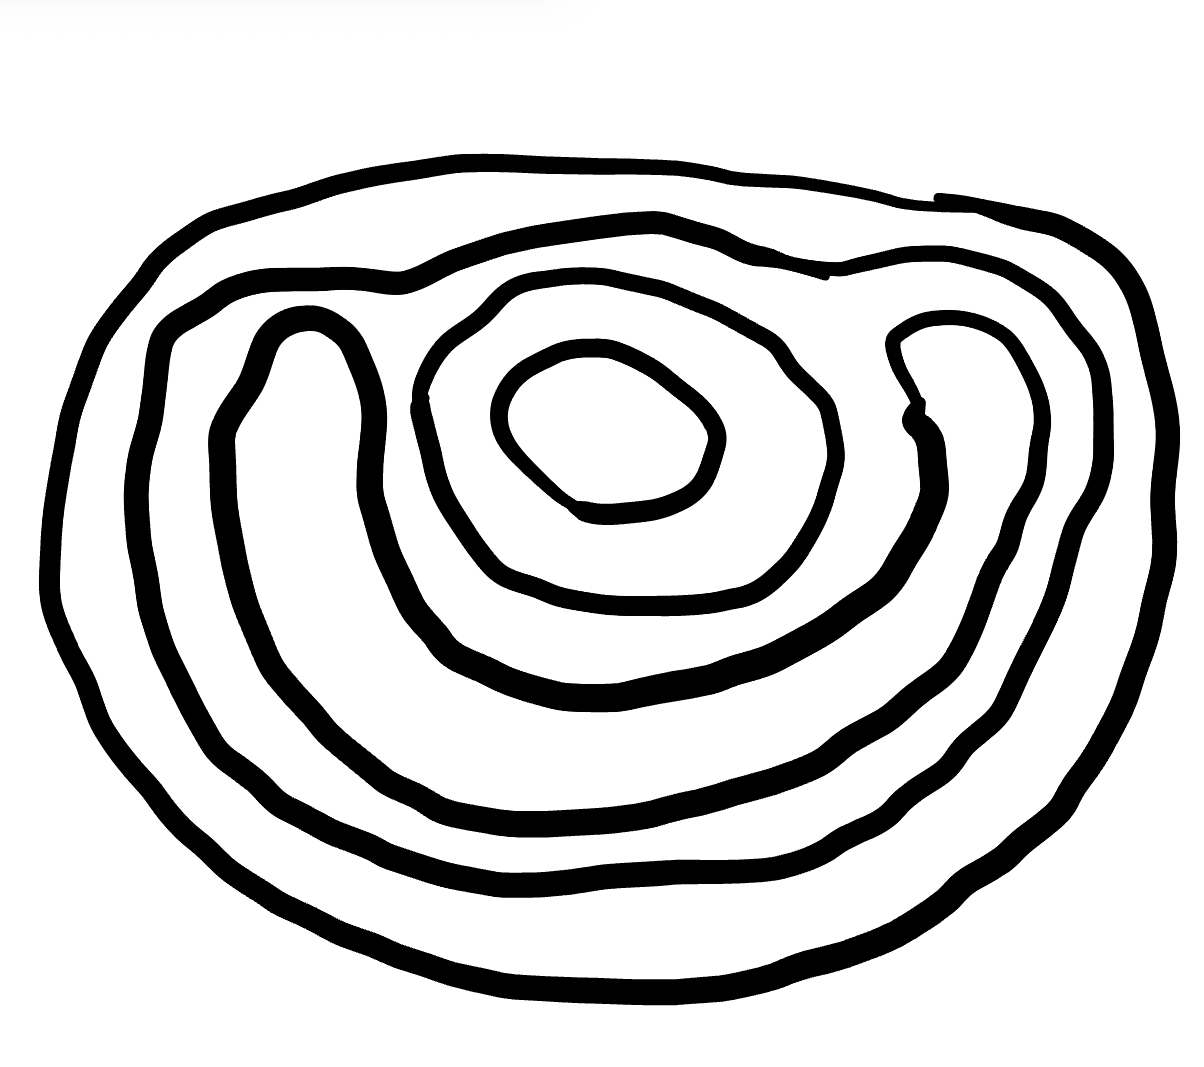
Number of regions (including the outer root region): 6
Containment tree edges (parent, child): 0, 1, 1, 2, 2, 3, 2, 4, 4, 5